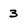
Character: 3